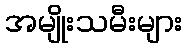
အမျိုးသမီးများ